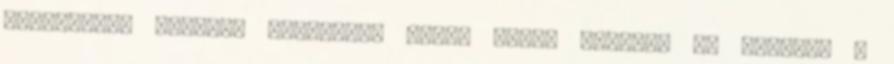
Impresszum menüben található email címre jelezni és pótolom a